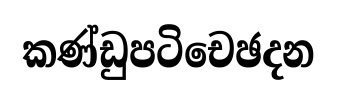
කණ්ඩුපටිචෙඡදන